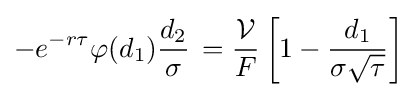
-e^{-r\tau }\varphi (d_{1}){\frac {d_{2}}{\sigma }}\,={\frac {\mathcal {V}}{F}}\left[1-{\frac {d_{1}}{\sigma {\sqrt {\tau }}}}\right]